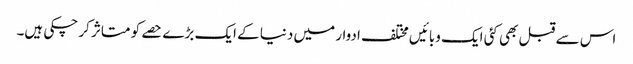
اس سے قبل بھی کئی ایک وبائیں مختلف ادوار میں دنیا کے ایک بڑے حصے کو متاثر کر چکی ہیں۔